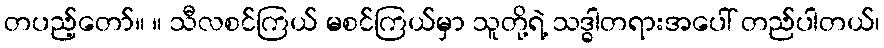
တပည့်တော်။ ။ သီလစင်ကြယ် မစင်ကြယ်မှာ သူတို့ရဲ့ သဒ္ဓါတရားအပေါ် တည်ပါတယ်၊